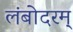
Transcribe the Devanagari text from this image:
लंबोदरम्